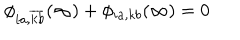
\phi _ { i a , \overline { { { k } } } \overline { { { b } } } } ( \infty ) + \phi _ { i a , k b } ( \infty ) = 0